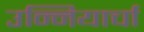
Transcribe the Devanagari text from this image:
उन्नियार्चा